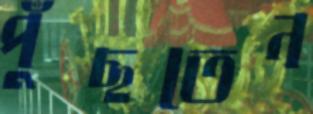
পুঁছতেন